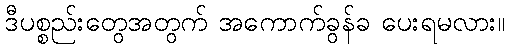
ဒီပစ္စည်းတွေအတွက် အကောက်ခွန်ခ ပေးရမလား။